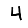
Digit: 4